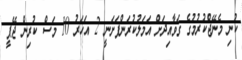
ކުނި މެނޭޖްކުރުމުގެ ގަވާއިދަށް އަމަލުކުރަންފަށަނީ 2 އަހަރު 10 މަސް ކުރިން ޖޭޕީ